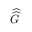
\widehat { \widehat { G } }